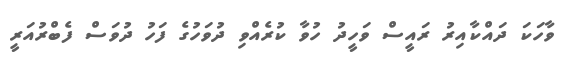
ވާހަކަ ދައްކާއިރު ރައީސް ވަހީދު ހުވާ ކުރެއްވި ދުވަހުގެ ފަހު ދުވަސް ފެބްރުއަރީ